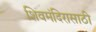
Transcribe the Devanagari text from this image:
शिवमंदिरासाठी